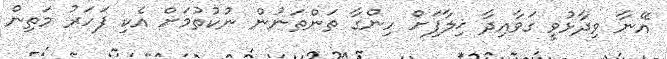
އޭނާ ވިދާޅުވީ ގަވާއިދާ ޚިލާފަށް ހިންގާ ތަންތަނުން ނުކުތުމަށް އެކި ފަހަރު މަތިން